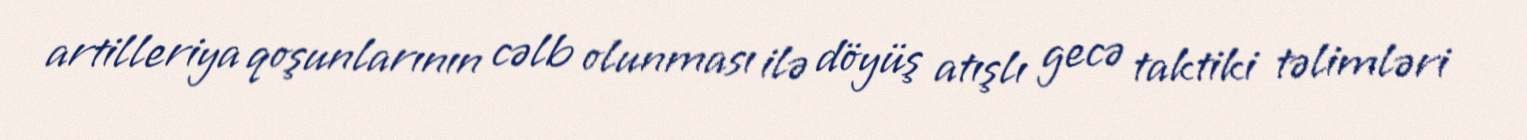
artilleriya qoşunlarının cəlb olunması ilə döyüş atışlı gecə taktiki təlimləri